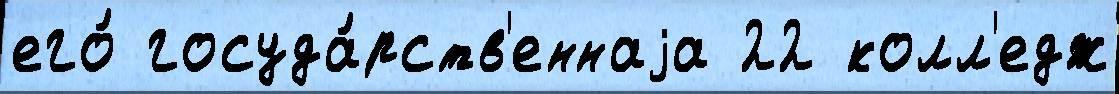
его́ госуда́рств'еннаjа 22 колл'едж